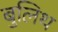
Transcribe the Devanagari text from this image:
बुलिथ